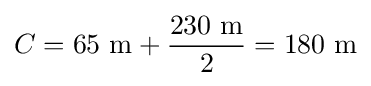
C=65~{\text{m}}+{\frac {230~{\text{m}}}{2}}=180~{\text{m}}